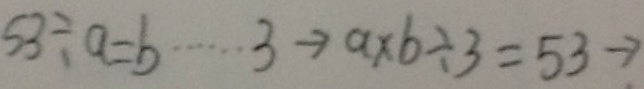
5 3 \div a = b \cdots 3 \rightarrow a \times b \div 3 = 5 3 \rightarrow